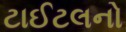
ટાઈટલનો